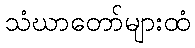
သံဃာတော်များထံ